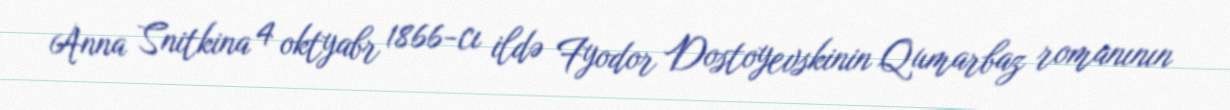
Anna Snitkina 4 oktyabr 1866-cı ildə Fyodor Dostoyevskinin Qumarbaz romanının